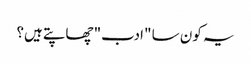
یہ کون سا "ادب" چھاپتے ہیں؟